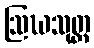
ဩဃသုတ္တ